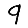
Digit: 9